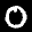
Label: 0